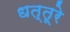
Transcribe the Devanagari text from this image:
धत्‍तूरे